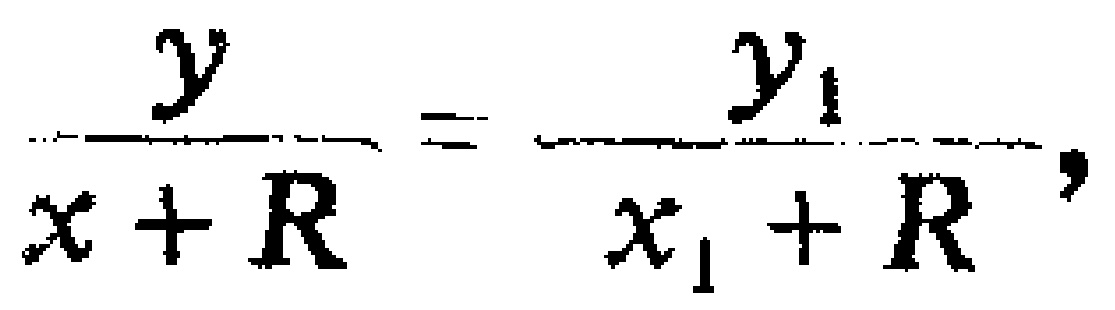
\(\frac{y}{x + R}=\frac{y_{1}}{x_{1}+R},\)